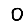
Digit: 0